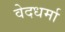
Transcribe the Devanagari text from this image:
वेदधर्मा